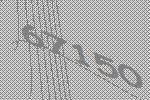
67150